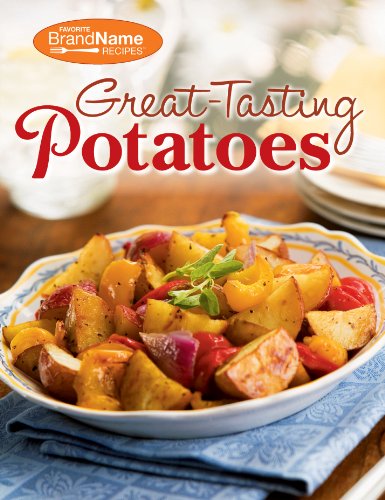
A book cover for Great-Tasting Potatoes Cookbook; Editors of Favorite Name Brand Recipes; Cookbooks, Food & Wine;